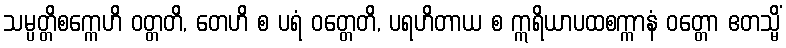
သမ္ပတ္တိစက္ကေဟိ ဝတ္တတိ, တေဟိ စ ပရံ ဝတ္တေတိ, ပရဟိတာယ စ ဣရိယာပထစက္ကာနံ ဝတ္တော ဧတသ္မိံ